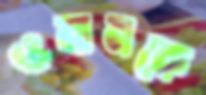
ওমানকে